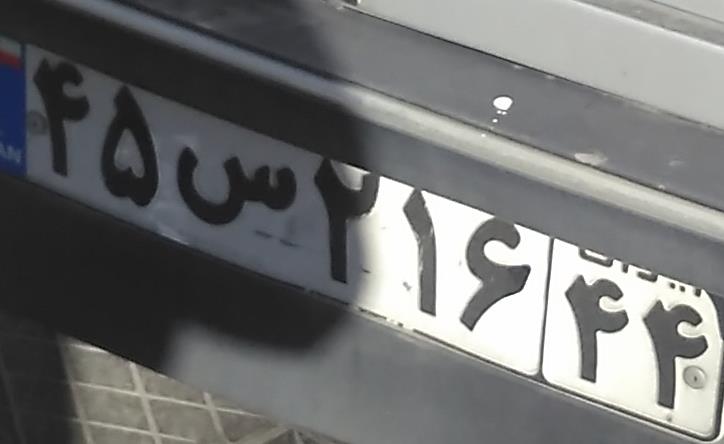
۴۵س۲۱۶۴۴